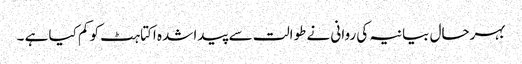
بہرحال بیانیہ کی روانی نے طوالت سے پیدا شدہ اکتاہٹ کو کم کیا ہے ۔